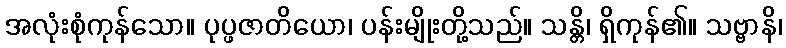
အလုံးစုံကုန်သော။ ပုပ္ဖဇာတိယော၊ ပန်းမျိုးတို့သည်။ သန္တိ၊ ရှိကုန်၏။ သဗ္ဗာနိ၊